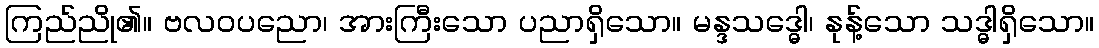
ကြည်ညို၏။ ဗလဝပညော၊ အားကြီးသော ပညာရှိသော။ မန္ဒသဒ္ဓေါ၊ နုန့်သော သဒ္ဓါရှိသော။